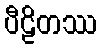
ပီဠိတဿ